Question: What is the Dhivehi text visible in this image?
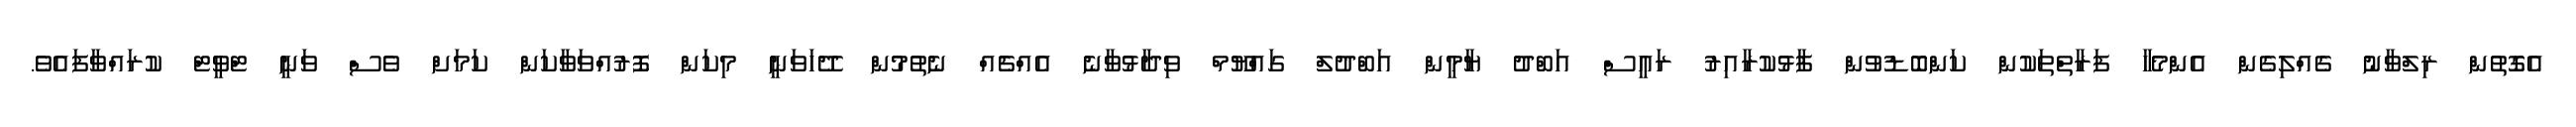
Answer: އެގޮތުން ރިލްވާނު ގެއްލިގެން އެންމެހާ ފަރާތްތަކުން ކަންބޮޑުވުން ފާޅުކުރާއިރު ރައީސް އަބްދު ޔާމީން އަބްދުލް ގައްޔޫމް ވިދާޅުވާނެ އެއްޗެއް ނެތުމުން ދޭހަވަނީ މިކަން ފޮރުއްވަވާކަން ކަމަށް ވެސް ވަނީ ޓްވީޓް ކުރައްވާފައެވެ.